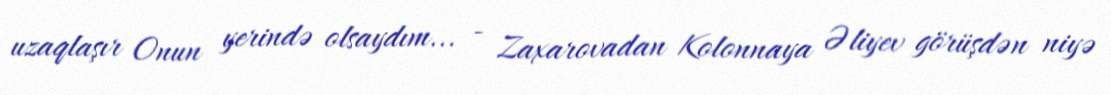
uzaqlaşır Onun yerində olsaydım... - Zaxarovadan Kolonnaya Əliyev görüşdən niyə